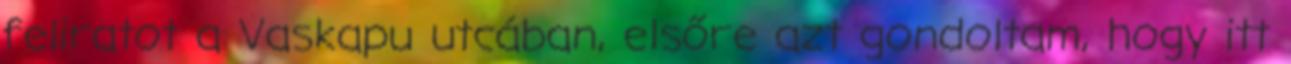
feliratot a Vaskapu utcában, elsőre azt gondoltam, hogy itt